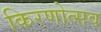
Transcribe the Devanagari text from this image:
किरणोत्सव